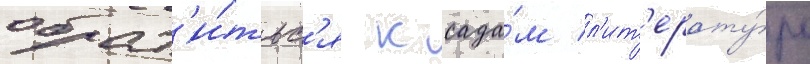
обрат'и́тьс'я к сада́м л'ит'ерату́ры